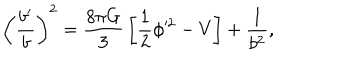
LaTeX: \left( { \frac { b ^ { \prime } } { b } } \right) ^ { 2 } = { \frac { 8 \pi G } { 3 } } \left[ { \frac { 1 } { 2 } } \phi ^ { 2 } - V \right] + { \frac { 1 } { b ^ { 2 } } } ,